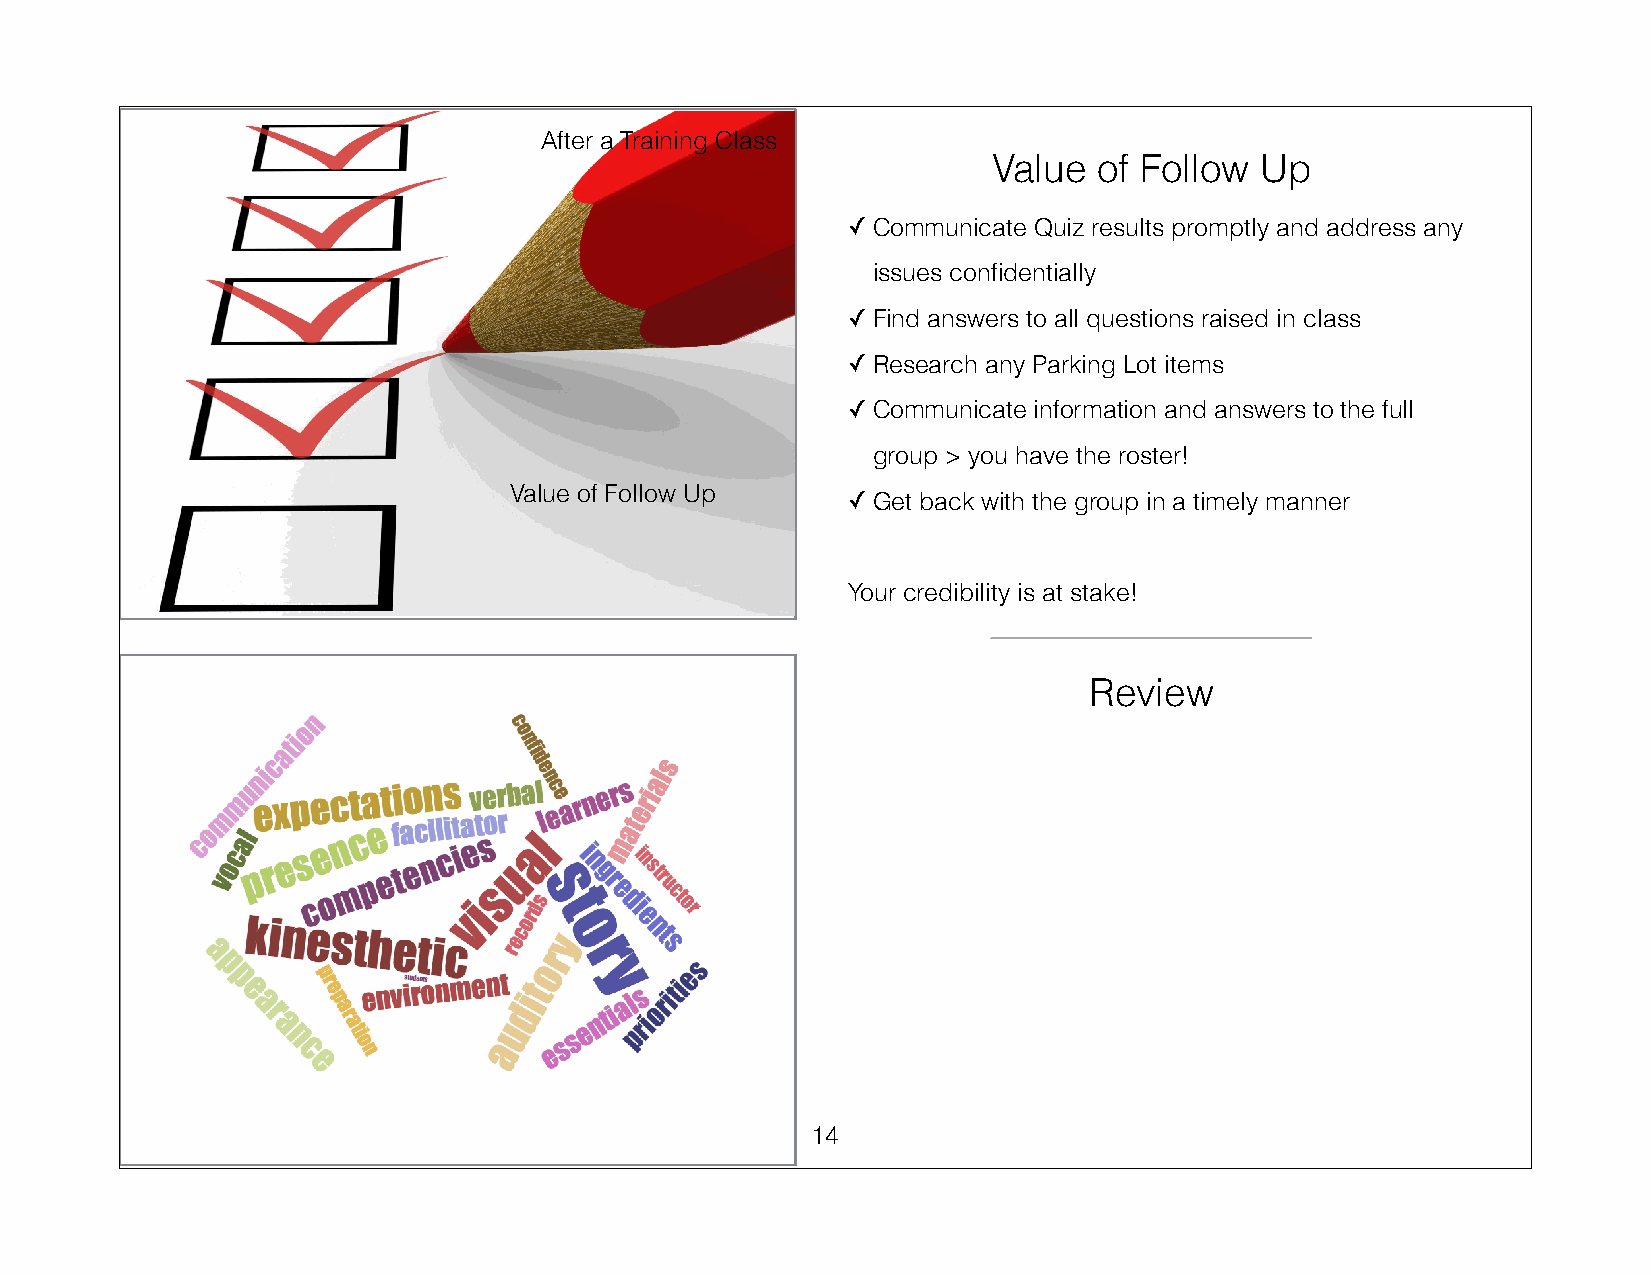
After a Training Class
 Value  of Follow Up
 ✓Communicate Quiz results promptly and address any
 issues confidentially
 ✓Find answers to all questions raised in class
 ✓Research any Parking Lot items
 ✓Communicate information and answers to the full
 group > you have the roster!
 Value of Follow Up
 ✓Get back with the group in a timely manner
 !
 Your credibility is at stake!
 Review
 14